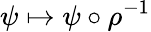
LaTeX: \psi\mapsto\psi\circ\rho^{-1}